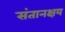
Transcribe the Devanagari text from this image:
संतानक्षय